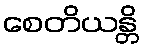
စေတိယန္တိ